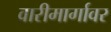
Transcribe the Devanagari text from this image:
वारीमार्गावर